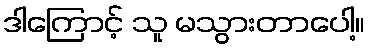
ဒါကြောင့် သူ မသွားတာပေါ့။